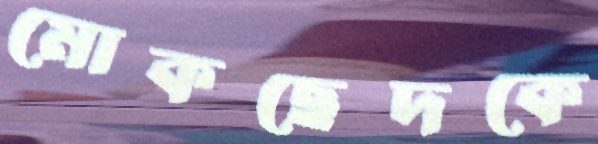
মোকছেদকে